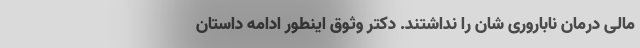
مالی درمان ناباروری شان را نداشتند. دکتر وثوق اینطور ادامه داستان